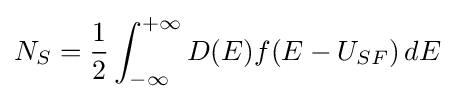
N_{S}={\frac {1}{2}}\int _{-\infty }^{+\infty }D(E)f(E-U_{SF})\,dE